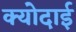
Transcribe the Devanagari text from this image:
क्योदाई